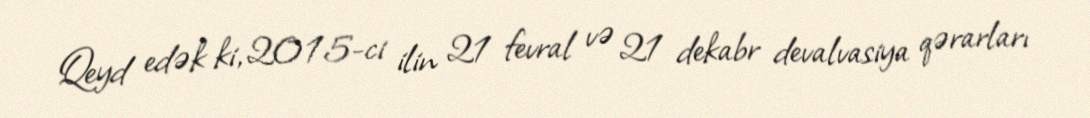
Qeyd edək ki, 2015-ci ilin 21 fevral və 21 dekabr devalvasiya qərarları